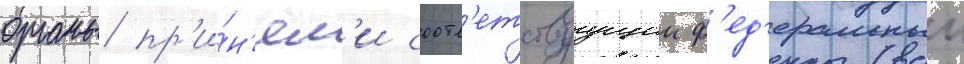
органы пр'и́н'ял'и соотв'етствуущии ф'ед'еральныи